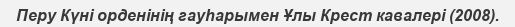
Перу Күні орденінің гауһарымен Ұлы Крест кавалері (2008).